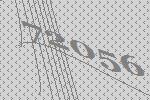
72056